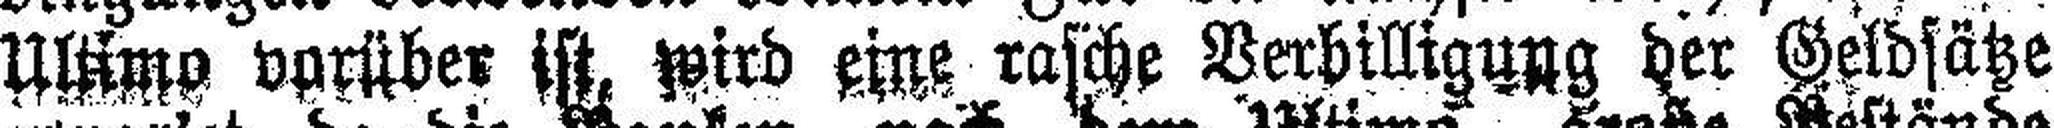
Ultimo vorüber ist, wird eine rasche Verbilligung der Geldsätze